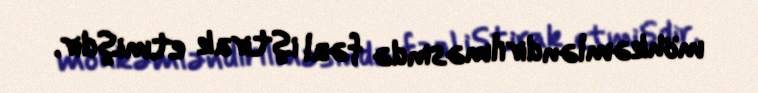
möhkəmləndirilməsində fəal iştirak etmişdir.